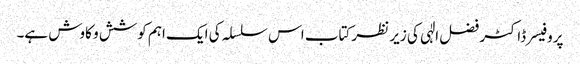
پروفیسر ڈاکٹر فضل الٰہی کی زیر نظر کتاب اس سلسلہ کی ایک اہم کوشش و کاوش ہے۔